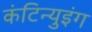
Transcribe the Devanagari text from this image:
कंटिन्युइंग